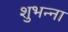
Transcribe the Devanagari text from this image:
शुभन्ना